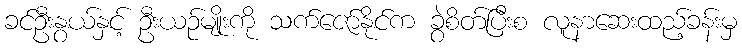
ခင်ဦးနွယ်နှင့် ဦးယဉ်မျိုးကို သက်ဇော်နိုင်က ခွဲစိတ်ပြီးစ လူနာဆေးထည့်ခန်းမှ